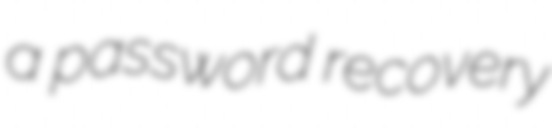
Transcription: a password recovery